Vaccination in Burma 1900-1911 - 1900-1911
Year: 1900
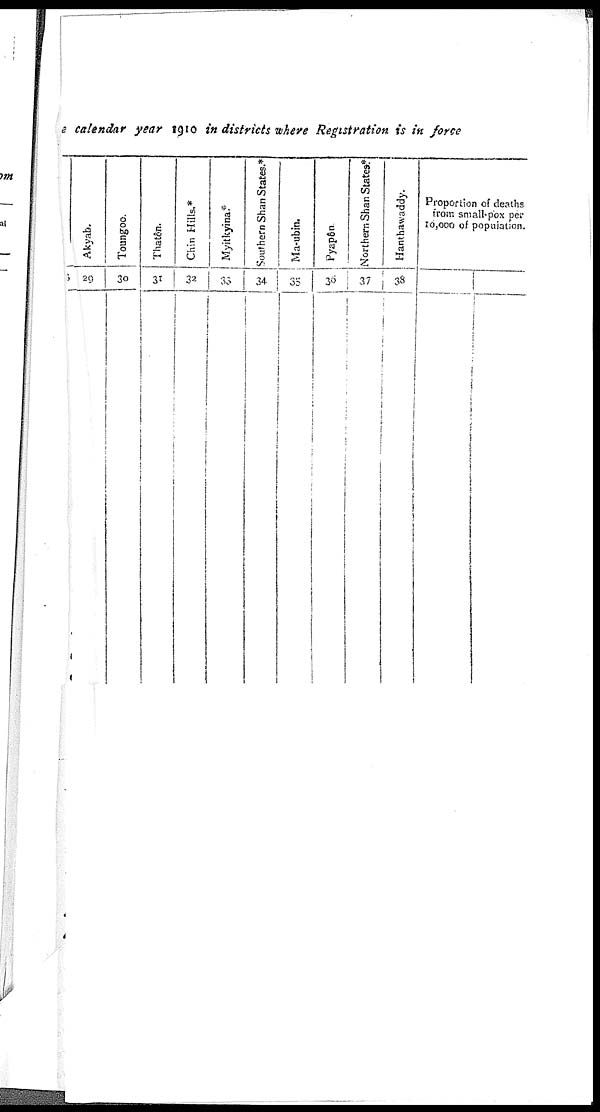
calendar year 1910 in districts where Registration is in force